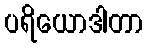
ပရိယောဒါတာ